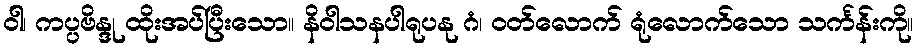
ဝါ၊ ကပ္ပဗိန္ဒု ထိုးအပ်ပြီးသော။ နိဝါသနပါရုပနု ဂံ၊ ဝတ်လောက် ရုံလောက်သော သင်္ကန်းကို။